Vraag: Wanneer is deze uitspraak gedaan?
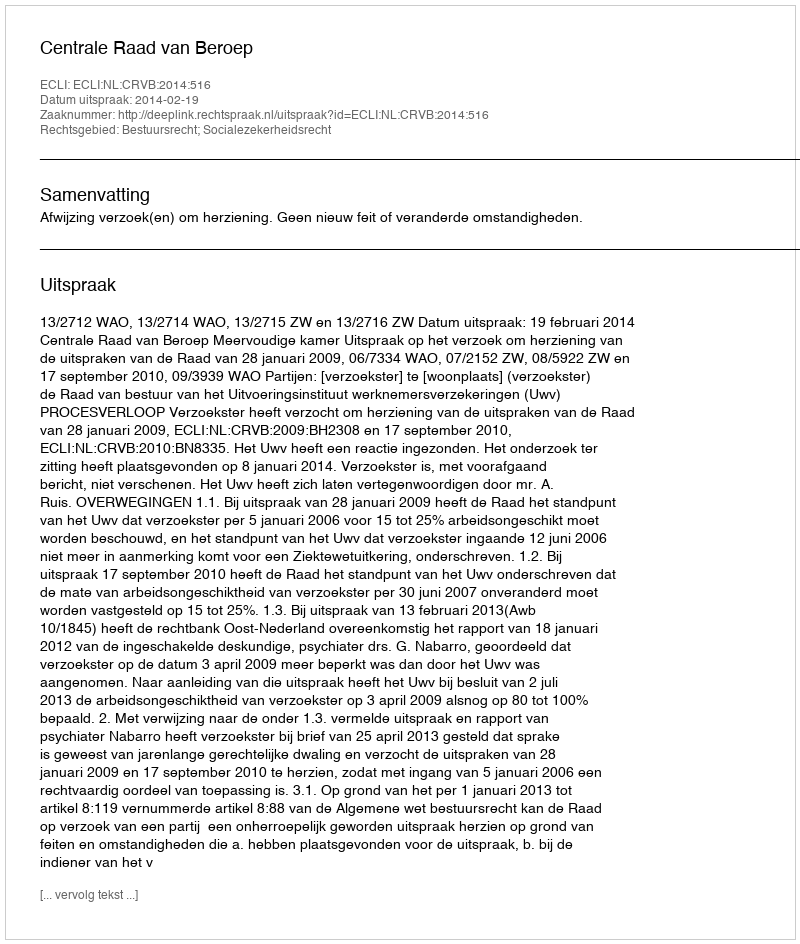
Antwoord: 2014-02-19